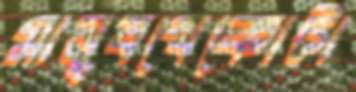
মানুষখেকোটা